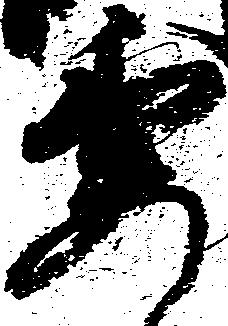
要